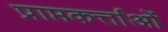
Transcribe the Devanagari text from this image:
प्राप्तकर्त्ताओं